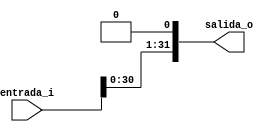
//Encabezado

module sll1bit(
   input      [31:0] entrada_i,
	output     [31:0] salida_o
);

   assign            salida_o = entrada_i <<1;

endmodule